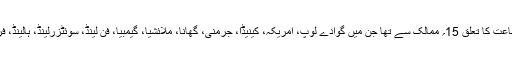
اپنے آقا سے ملاقات کے لئے حاضر ہونے والے ان احبابِ جماعت کا تعلق 15؍ ممالک سے تھا جن میں گوادے لوپ، امریکہ، کینیڈا، جرمنی، گھانا، ملائشیا، گیمبیا، فِن لینڈ، سوئٹزرلینڈ، ہالینڈ، فرانس، ناروے، پاکستان، یوکے اور ایک عرب ملک شامل ہیں۔